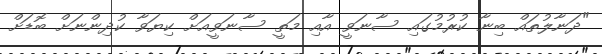
"ދަނާލުތައް ބިނާ ކުރުމުގައި ސާނަވީ އާއި މަތީ ސާނަވީއަށް ކިޔަވާ ކުދިންނަށް ބޮޑަށް